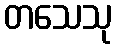
တသေသု